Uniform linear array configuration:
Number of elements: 4
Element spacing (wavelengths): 0.25
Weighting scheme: hamming
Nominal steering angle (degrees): -45
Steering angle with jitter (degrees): -43.404
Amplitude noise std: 0.05
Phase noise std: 0.05

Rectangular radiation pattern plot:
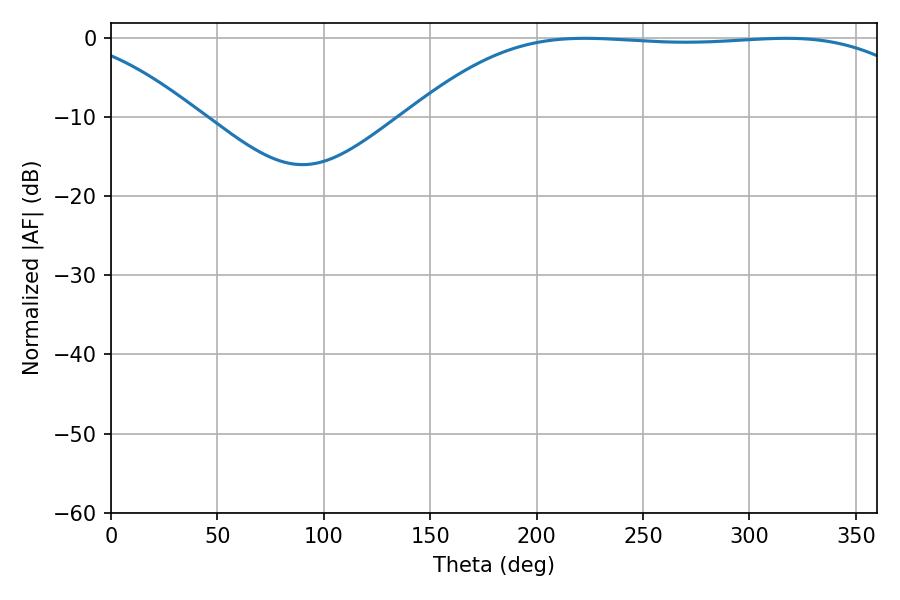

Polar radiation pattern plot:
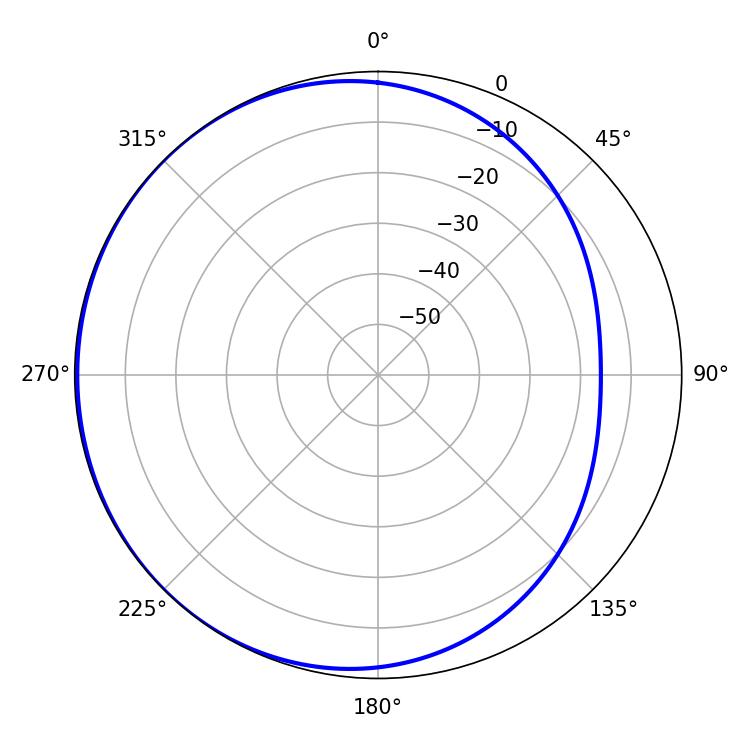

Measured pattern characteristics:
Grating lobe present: FALSE
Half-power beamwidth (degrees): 186.3
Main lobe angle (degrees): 222.66